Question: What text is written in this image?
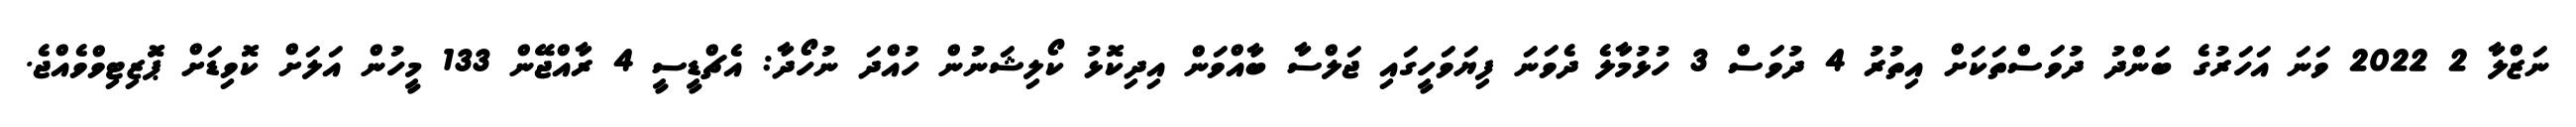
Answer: ނަޒްލާ 2 2022 ވަނަ އަހަރުގެ ބަންދު ދުވަސްތަކަށް އިތުރު 4 ދުވަސް 3 ހުޅުމާލެ ދެވަނަ ފިޔަވަހީގައި ޖަލްސާ ބާއްވަން އިދިކޮޅު ކޯލިޝަނުން ހުއްދަ ނުހޯދާ: އެޗްޑީސީ 4 ރާއްޖޭން 133 މީހުން އަލަށް ކޮވިޑަށް ޕަޮޒިޓިވްވެއްޖެ.